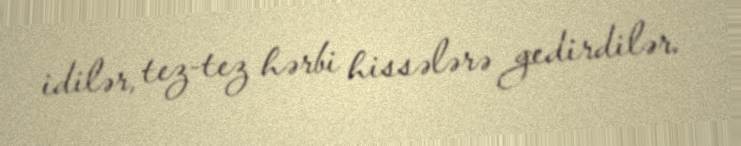
idilər, tez-tez hərbi hissələrə gedirdilər.